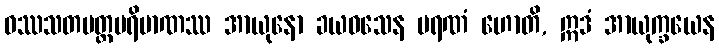
ဝဿသတမတ္တပရိမာဏဿ အာယုနော ခယဝသေန မရဏံ ဟောတိ, ဣဒံ အာယုက္ခယေန